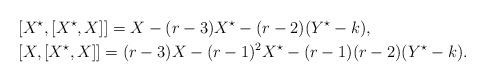
LaTeX: \begin{align*} &[X^\star,[X^\star,X]]=X -(r-3) X^\star -(r-2)(Y^\star-k),\\ & [X,[X^\star,X]]=(r-3) X -(r-1)^2X^\star -(r-1)(r-2)(Y^\star-k).\end{align*}